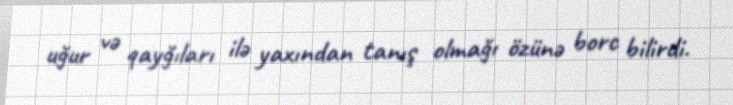
uğur və qayğıları ilə yaxından tanış olmağı özünə borc bilirdi.